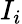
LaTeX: I_{i}